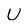
Character: U